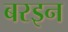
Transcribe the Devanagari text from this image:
बरइन